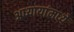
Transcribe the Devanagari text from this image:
अध्यायांमध्ये